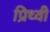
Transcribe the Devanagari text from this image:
प्रिथ्वी